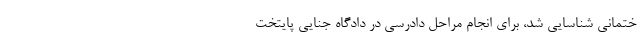
ختمانی شناسایی شد، برای انجام مراحل دادرسی در دادگاه جنایی پایتخت